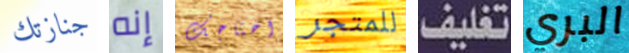
جنازتك إنه احتاجك للمتجر تغليف البري